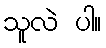
သူလဲ ပါ။